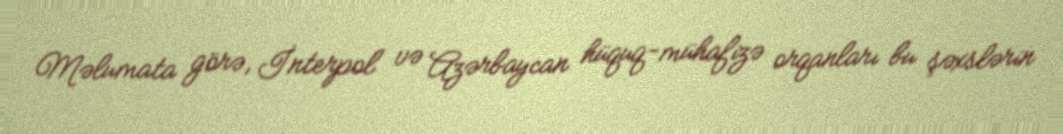
Məlumata görə, İnterpol və Azərbaycan hüquq-mühafizə orqanları bu şəxslərin